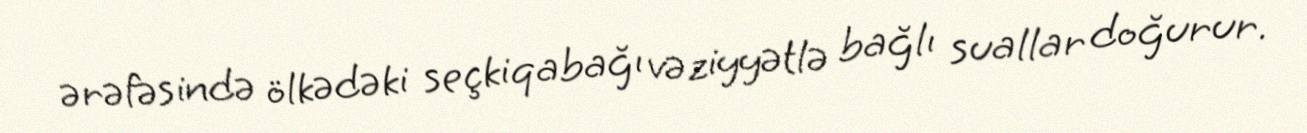
ərəfəsində ölkədəki seçkiqabağı vəziyyətlə bağlı suallar doğurur.